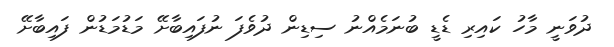
ދުވަނީ މާހު ކައިރި ޑެޑީ ބުނަމެއްނު ސިޑިން ދުވެފަ ނުފައިބާށޭ މަޑުމަޑުން ފައިބާށޭ